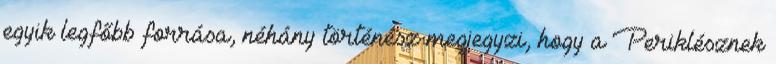
egyik legfőbb forrása, néhány történész megjegyzi, hogy a Periklésznek